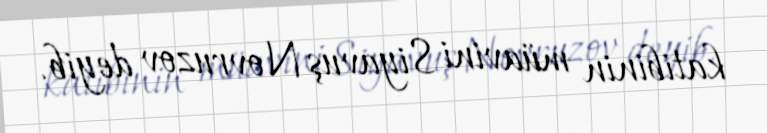
katibinin müavini Siyavuş Novruzov deyib.